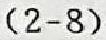
$(2 - 8)$